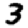
Digit: 3